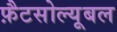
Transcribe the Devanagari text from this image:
फ़ैटसोल्यूबल